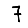
Digit: 7